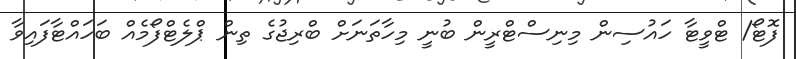
ފޮޓޯ/ ޓްވީޓާ ހައުސިން މިނިސްޓްރީން ބުނީ މިހާތަނަށް ބްރިޖުގެ ތިން ޕްލެޓްފޯމެއް ބަހައްޓާފައިވާ